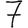
Digit: 7